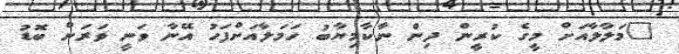
"މަލާލާއަށް މީގެ ކުރީން ދިން ނާކާމިޔާބު ހަމަލާއަށްފަހު އޭނާ ވަނީ ވަރަށް ބޮޑު